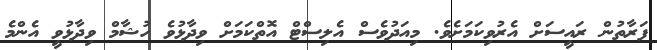
ފަރާތުން ރައީސަށް އެރުވިކަމަށެވެ. މިއަދުވެސް އެލިސްޓް އޮތްކަމަށް ވިދާޅުވެ ހުޝާމް ވިދާޅުވީ އެންމެ